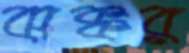
ঝক্কর